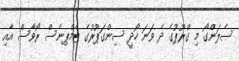
ސެލަންގޯ މި ގްރޫޕުގެ ދެ ވަނަ ހޯދީ ސިންގަޕޫރުގެ ޓެމްޕިނެސް ރޯވާސް އާއި